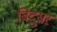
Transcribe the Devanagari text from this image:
बिंदुसर